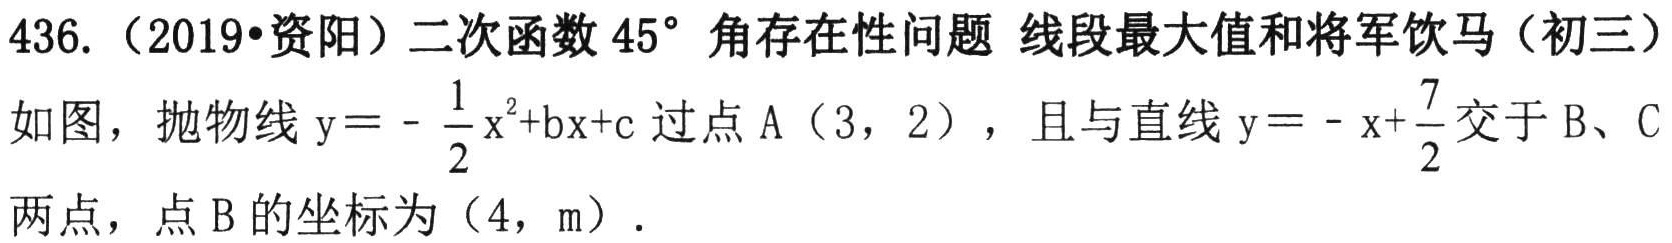
436.（2019•资阳）二次函数\(45^{\circ}\)角存在性问题 线段最大值和将军饮马（初三）
如图，抛物线\(y = -\frac{1}{2}x^{2}+bx + c\)过点\(A(3,2)\)，且与直线\(y = -x+\frac{7}{2}\)交于\(B、C\)
两点，点\(B\)的坐标为\((4,m)\)．